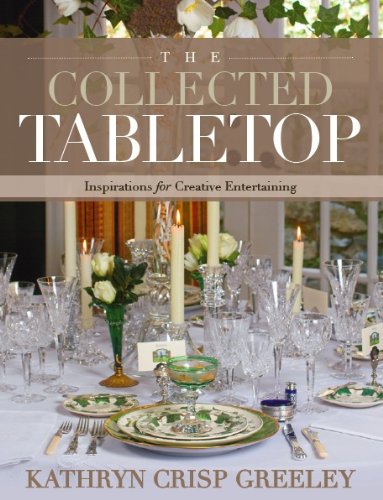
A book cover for The Collected Tabletop: Inspirations for Creative Entertaining; Kathryn Greeley; Cookbooks, Food & Wine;